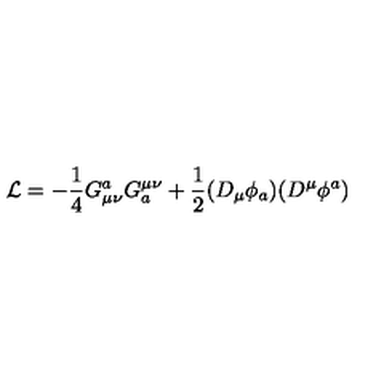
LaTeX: { \cal L } = - { \frac { 1 } { 4 } } G _ { \mu \nu } ^ { a } G _ { a } ^ { \mu \nu } + { \frac { 1 } { 2 } } ( D _ { \mu } \phi _ { a } ) ( D ^ { \mu } \phi ^ { a } )